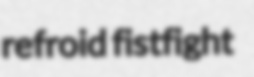
refroid fistfight